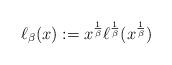
LaTeX: \begin{align*} \ell_{\beta}(x):=x^{\frac{1}{\beta}}\ell^{\frac{1}{\beta}}(x^{\frac{1}{\beta}})\end{align*}